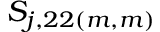
S _ { j , 2 2 ( m , m ) }